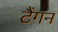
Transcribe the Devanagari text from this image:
टैंगन